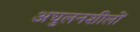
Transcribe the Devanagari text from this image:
अघुलनशीलों